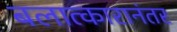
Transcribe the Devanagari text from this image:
बलात्कारानंतर